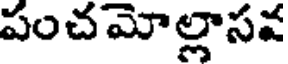
పంచమోల్లాసవ